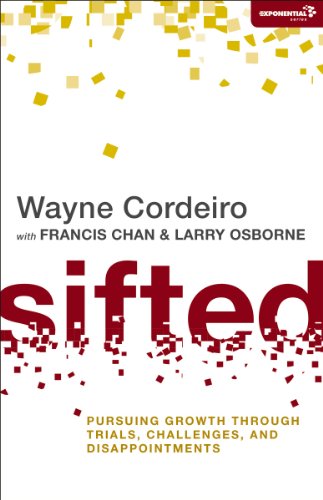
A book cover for Sifted: Pursuing Growth through Trials, Challenges, and Disappointments (Exponential Series); Wayne Cordeiro; Christian Books & Bibles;